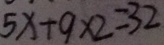
5 x + 9 \times 2 = 3 2